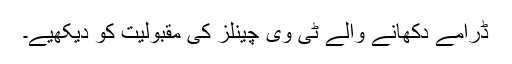
ڈرامے دکھانے والے ٹی وی چینلز کی مقبولیت کو دیکھیے۔